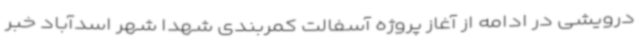
درویشی در ادامه از آغاز پروژه آسفالت کمربندی شهدا شهر اسدآباد خبر